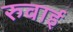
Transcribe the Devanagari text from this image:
रुवाई